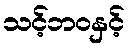
သင့်ဘဝနှင့်